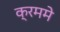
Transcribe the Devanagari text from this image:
क्रममे